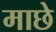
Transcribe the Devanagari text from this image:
माछे